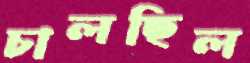
চালছিল